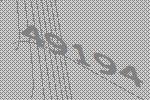
49194